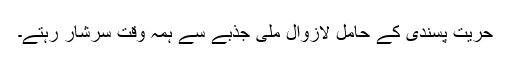
حریت پسندی کے حامل لازوال ملی جذبے سے ہمہ وقت سرشار رہتے۔